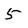
Character: 5